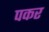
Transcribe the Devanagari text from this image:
पकर